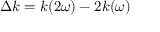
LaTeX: \Delta k = k ( 2 \omega ) - 2 k ( \omega )